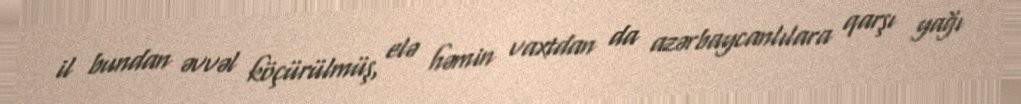
il bundan əvvəl köçürülmüş, elə həmin vaxtdan da azərbaycanlılara qarşı yağı